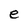
Character: e